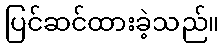
ပြင်ဆင်ထားခဲ့သည်။